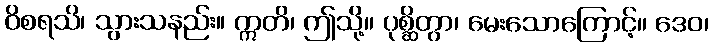
ဝိစရသိ၊ သွားသနည်း။ ဣတိ၊ ဤသို့။ ပုစ္ဆိတွာ၊ မေးသောကြောင့်။ ဒေဝ၊